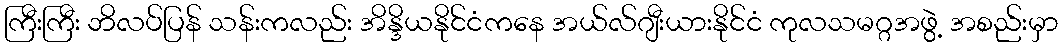
ကြီးကြီး ဘိလပ်ပြန် သန်းကလည်း အိန္ဒိယနိုင်ငံကနေ အယ်လ်ဂျီးယားနိုင်ငံ ကုလသမဂ္ဂအဖွဲ့ အစည်းမှာ